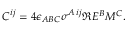
C ^ { i j } = 4 \epsilon _ { A B C } \sigma ^ { A \, i j } \Re E ^ { B } M ^ { C } .